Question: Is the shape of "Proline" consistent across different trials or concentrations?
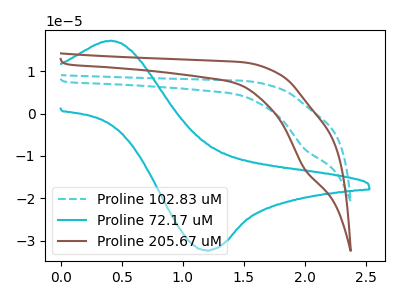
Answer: <think>The cyan dashed curve "Proline 102.83 uM" has a cathodic peak at: (2.00V, -8.40uA). The cyan curve "Proline 72.17 uM" has an anodic peak at (0.40V, 17.25uA) and a cathodic peak at (1.20V, -32.30uA). The brown curve "Proline 205.67 uM" has a cathodic peak at: (2.00V, -13.10uA).
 "Proline 102.83 uM" and "Proline 72.17 uM" have a different number of peaks. All the peaks in "Proline 102.83 uM" have a peak in "Proline 205.67 uM" at the same potential. Every peak in "Proline 102.83 uM" is lower than every peak in "Proline 205.67 uM". "Proline 72.17 uM" and "Proline 205.67 uM" have a different number of peaks.</think>
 <answer>All the CV's of "Proline" have similar shape.</answer>
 <eval>follow_rule</eval>